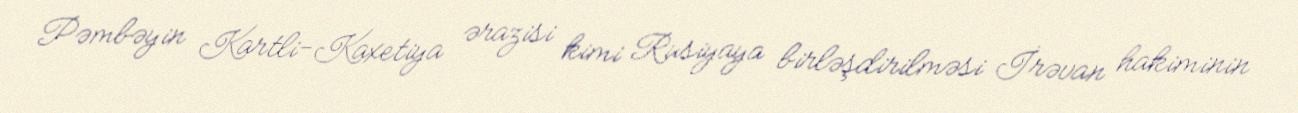
Pəmbəyin Kartli-Kaxetiya ərazisi kimi Rusiyaya birləşdirilməsi İrəvan hakiminin